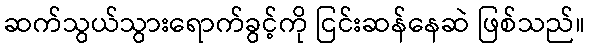
ဆက်သွယ်သွားရောက်ခွင့်ကို ငြင်းဆန်နေဆဲ ဖြစ်သည်။